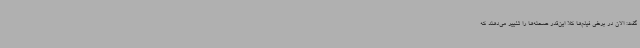
گفت: الان در برخی فیلم‌ها کلا این‌قدر صحنه‌ها را تغییر می‌دهند که